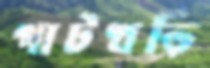
পাটখড়ি